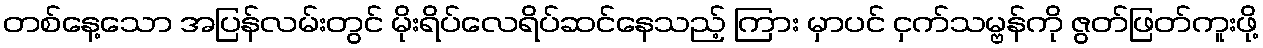
တစ်နေ့သော အပြန်လမ်းတွင် မိုးရိပ်လေရိပ်ဆင်နေသည့် ကြား မှာပင် ငှက်သမ္ဗန်ကို ဇွတ်ဖြတ်ကူးဖို့